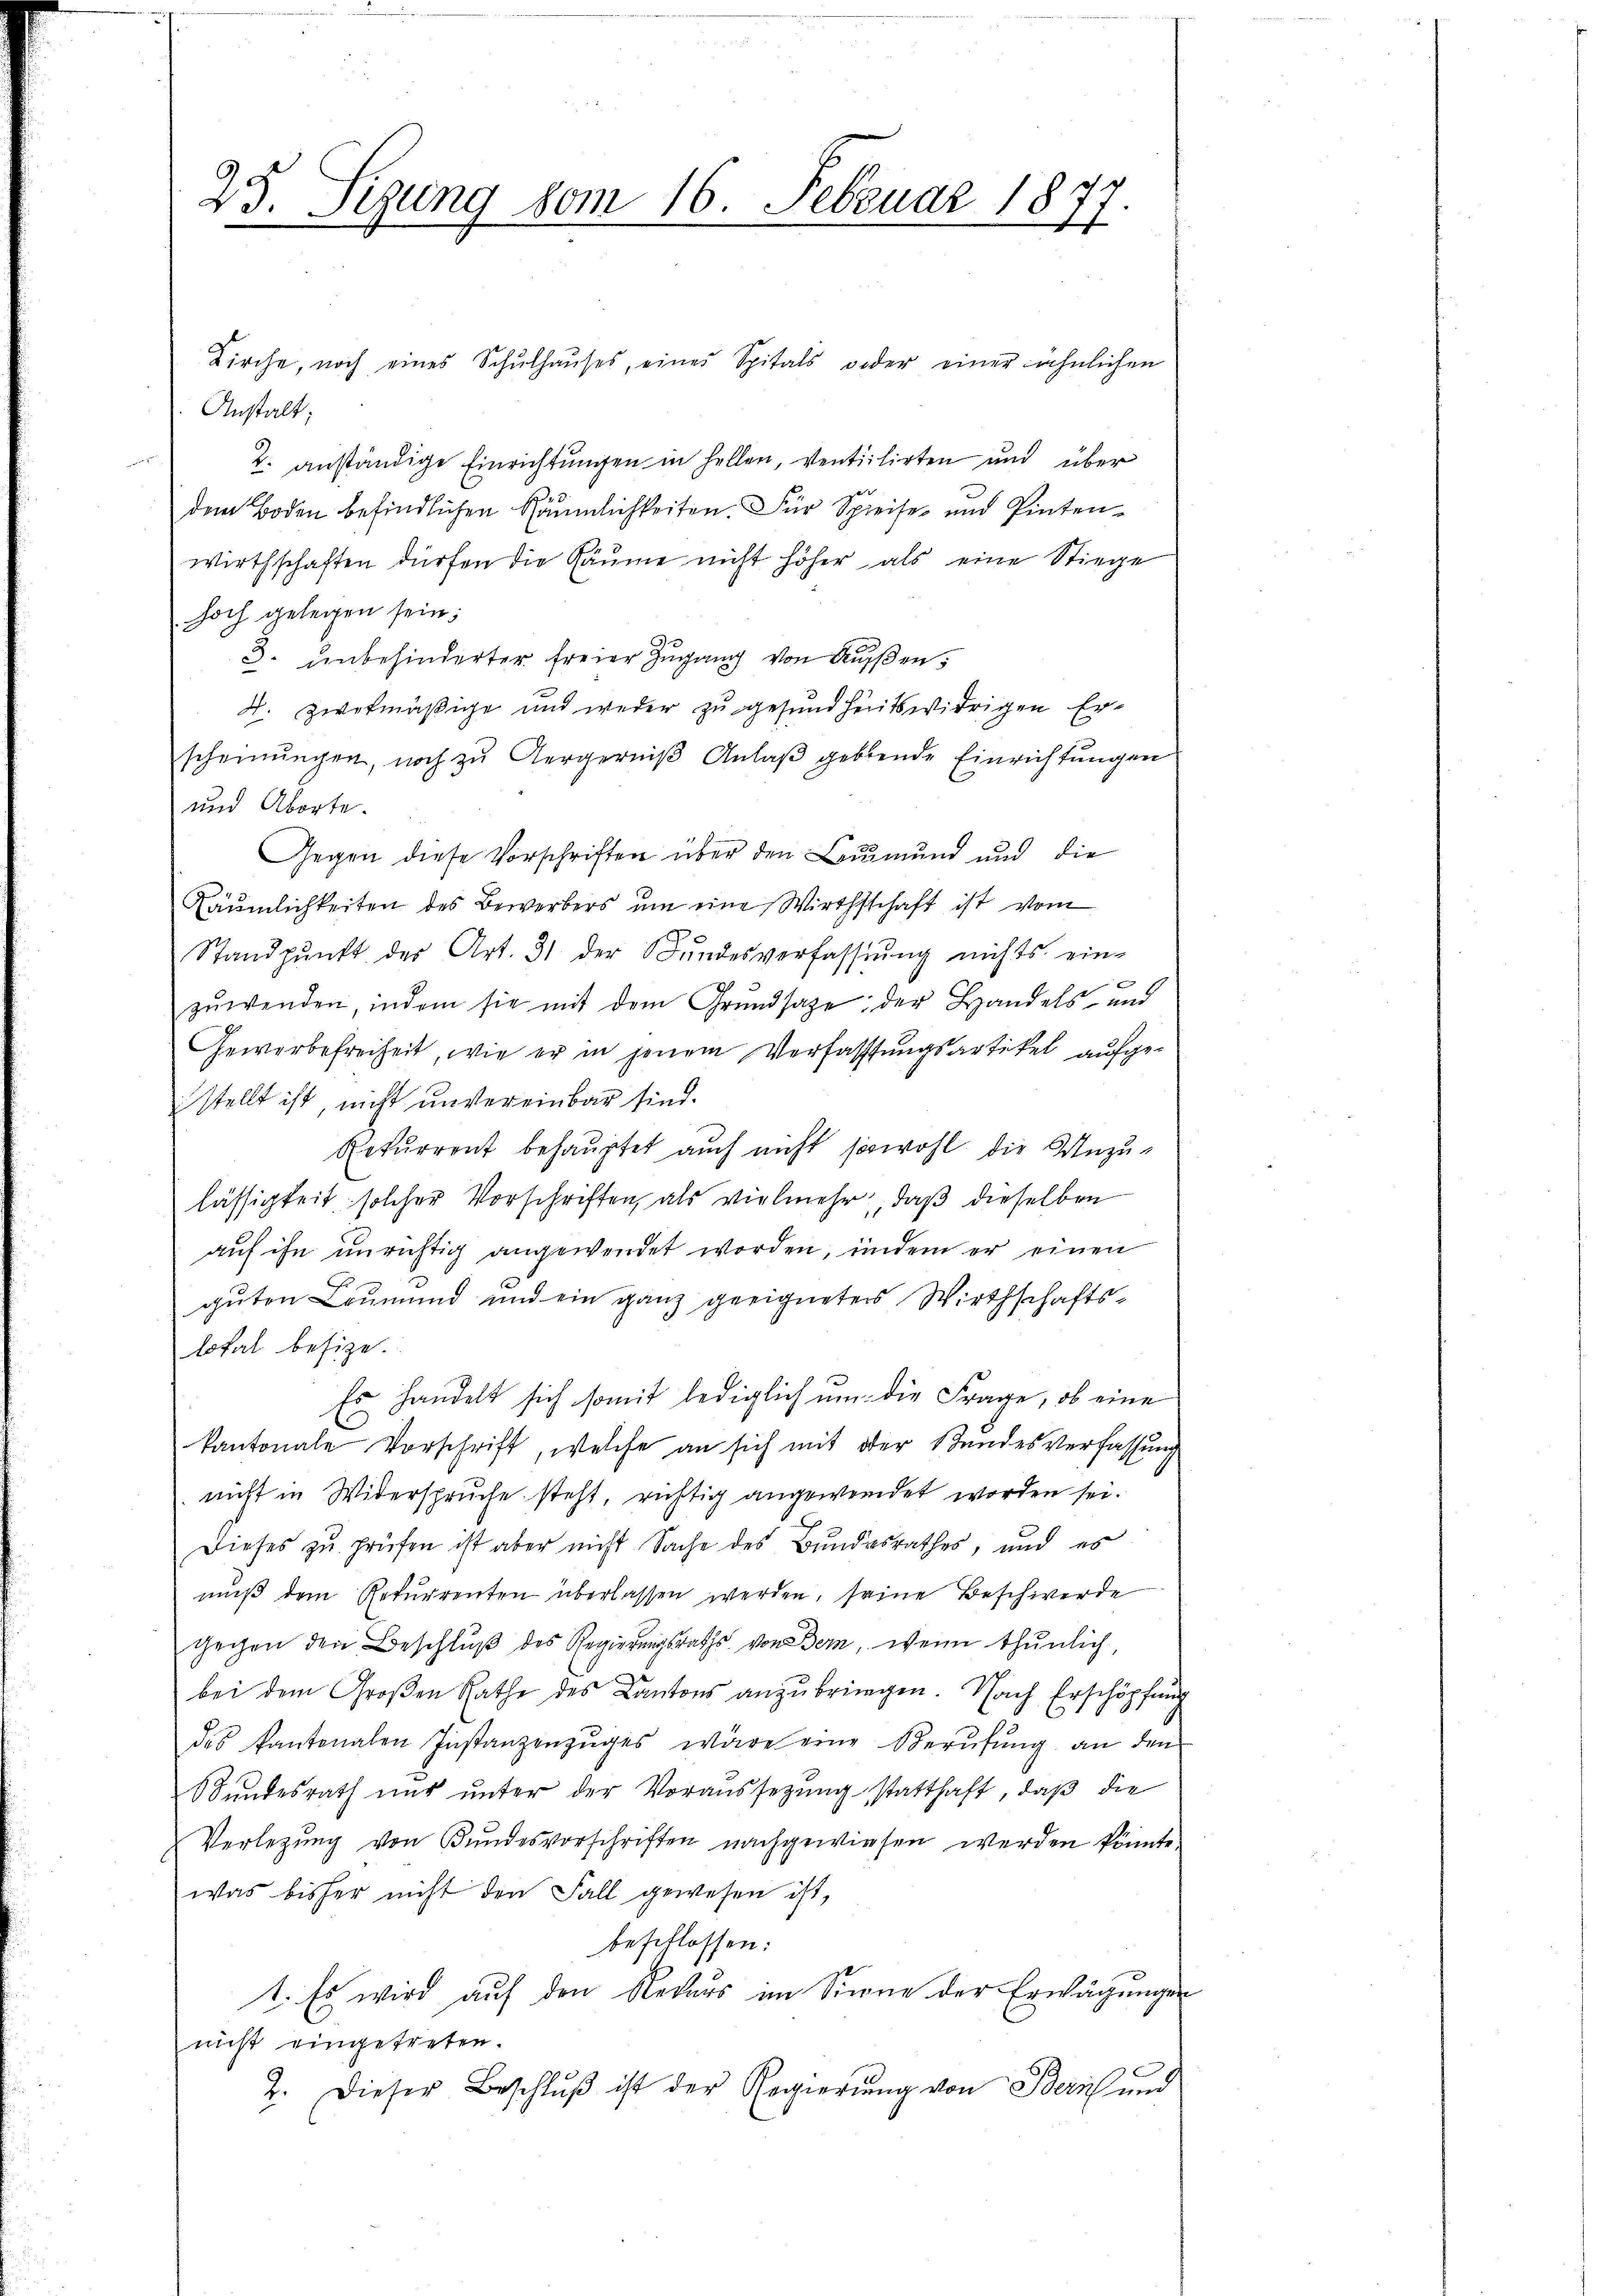
25. Sizung vom 16. Februar 1877

Kirche, noch eines Schŭlhaŭses, eines Spitals weder einer ähnlichen
Anstalt;
 2. anständige Einrichtungen in Hellen, ventilirten und über
dem Boden befindlichen Räumlichkeiten. Für Spreise und Pintenwirthschaften dürfen die Gäume nicht höher als eine Stiege
hoch gelegen sein;
3. unbehinderter freier Zugang von Außen,
d. zwekmäßige und weder zu gesundheitswidrigen Erscheinungen, noch zu Aergerniß Anlaß gebende Einrichtungen
und Aborte.
Gegen diese Vorschriften über den Leumund und die
Räumlichkeiten des Bewerbers um eine Wirthschaft ist vom
Standpunkt der Art. 31 der Bundesverfassung nichts ein-
zuwenden, indem sie mit dem Grundsaze; der Handels- und
Gewerbefreiheit, wie er in jenem Verfassungsartikel aufgestellt ist, nicht unvereinbar sind.
Rekurrent behauptet auch nicht sowohl die Unzulässigkeit solcher Vorschriften, als vielmehr, daß dieselben
auf ihn unrichtig angewendet worden, undem er einen
guten Leumund und ein ganz geeigneter Wirthschaftslofal besize.
Es handelt sich somit lediglich um die Frage, ob eine
kantonale Vorschrift, welche an sich mit oder Stundesverfassung
nicht in Widerspruche steht, richtig angewendet worden sei.
Dieses zu prüfen ist aber nicht Sache des Bundesrathes, und es
mŭβ dem Rekurrenten überlassen werden, seine Beschwerde
gegen den Beschluß des Regierungsraths von Bern, wenn thunlich,
2
bei dem Groβen Rathe des Kantons anzŭbringen. Nach Erschöpfung
des kantonalen Instanzenzŭges wäre eine Berŭfŭng an den
SSundesrath nur unter der Voraussetzung statthaft, daß die
Verlegung von Bundesvorschriften nachgewiesen werden könnte
was bisher nicht den Fall gewesen ist,
beschlossen:
1. Es wird auf den Redaus im Sinne der Erwägungen
nicht eingetreten.
2. Dieser Beschlŭβ ist der Regierŭng von Bern und